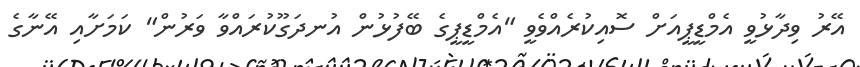
އޭރު ވިދާޅުވީ އެމްޑީޕީއަށް ސޮއިކުރެއްވެވީ "އެމްޑީޕީގެ ބޭފުޅުން އުނދަގޫކުރައްވާ ވަރުން" ކަމަށާއި އޭނާގެ